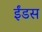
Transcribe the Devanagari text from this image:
ईंडस